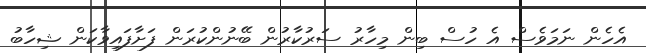
އެހެން ނަމަވެސް އެ ހުސް ބިން މިހާރު ސަރުކާރުން ބޭނުންކުރަން ފަށާފައިވާކަން ޝިހާބު